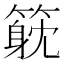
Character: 𥲇